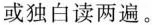
或独白读两遍。